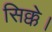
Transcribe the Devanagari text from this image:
सिक्के।